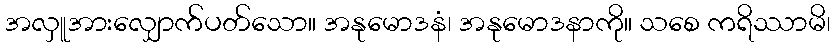
အလှူအားလျှောက်ပတ်သော။ အနုမောဒနံ၊ အနုမောဒနာကို။ သစေ ကရိဿာမိ၊